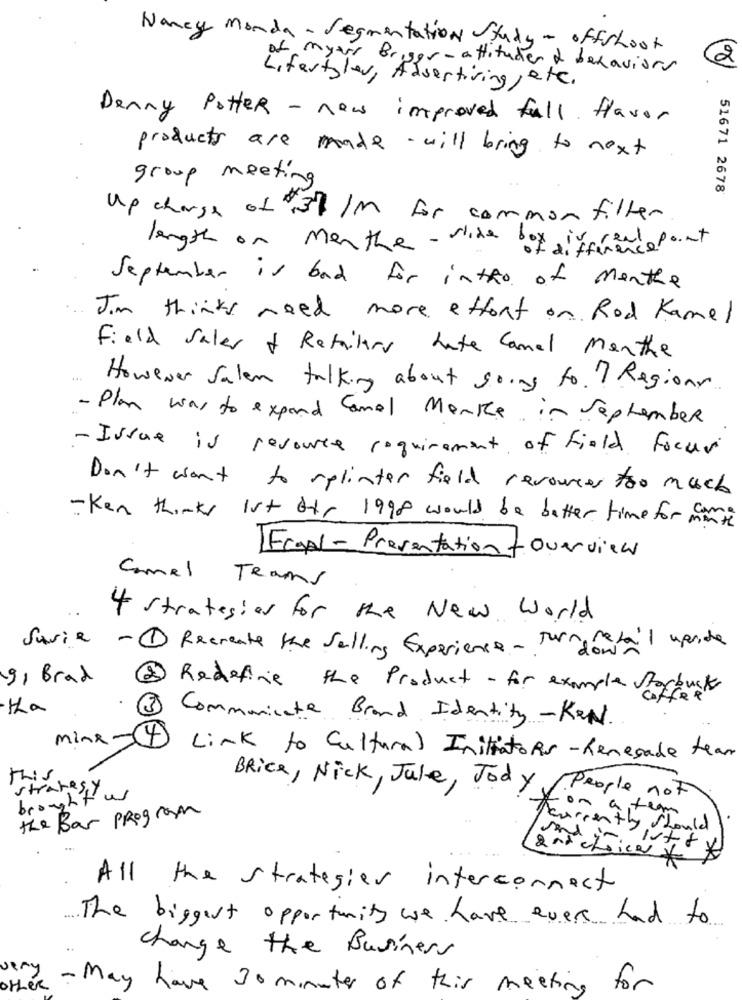
Nancy Monda- Segmentation Study - offshoot
2
of myter Briger-attituder & behaviors
Lifestyles, Advertising,etc.
Denny Potter - new improved full flavor
products are made will bring to next
group meeting
51671 2678
Up charge of $13 /m for common filter
length on menthe - slide box ivreal
September is bad for intho of menthe
Jim thinks need more effort on Rod Kamel
Field Sales of Retailers Late Camel Manthe
...
However salen talking about going to ! Regions
- Plan was to expand Conel Manke in September
- Issue is resource requirement of field focus
Don't want to splinter field resources too much
-Ken thinks Ist ory 1998 would be better time for mante
Fcgal- Presentation +overview
Camel Teams
4 Strategies for the New World
Savie
-1 Recreate the Salling Experience - turn fatal upside
9, Brad
2 Redefine the Product - for example Starbucks
Communicate Brand Identity -Ken.
Link to Cultural Initiators - Renegade team
this
BRice, Nick, Jule, Jody
strategy
broughtus
1.People not
the Bar Program
for a team
Tearsently
by Should
All the strategier interconnect
The biggest opportunity we have ever had to
change the Business
very
other
- May have 30 minutes of this meeting for